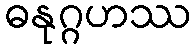
ဓနုဂ္ဂဟဿ